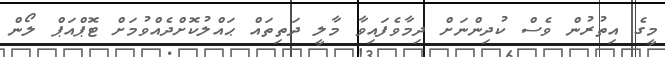
މީގެ އިތުރުން ވެސް ކުދިންނަށް ދިމާވެފައިވާ މާލީ ދަތިތައް ޙައްލުކޮށްދެއްވުމަށް ޓޮޕްއަޕް ލޯން